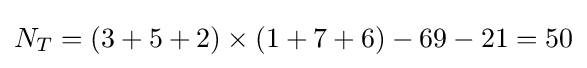
N_{T}=(3+5+2)\times (1+7+6)-69-21=50